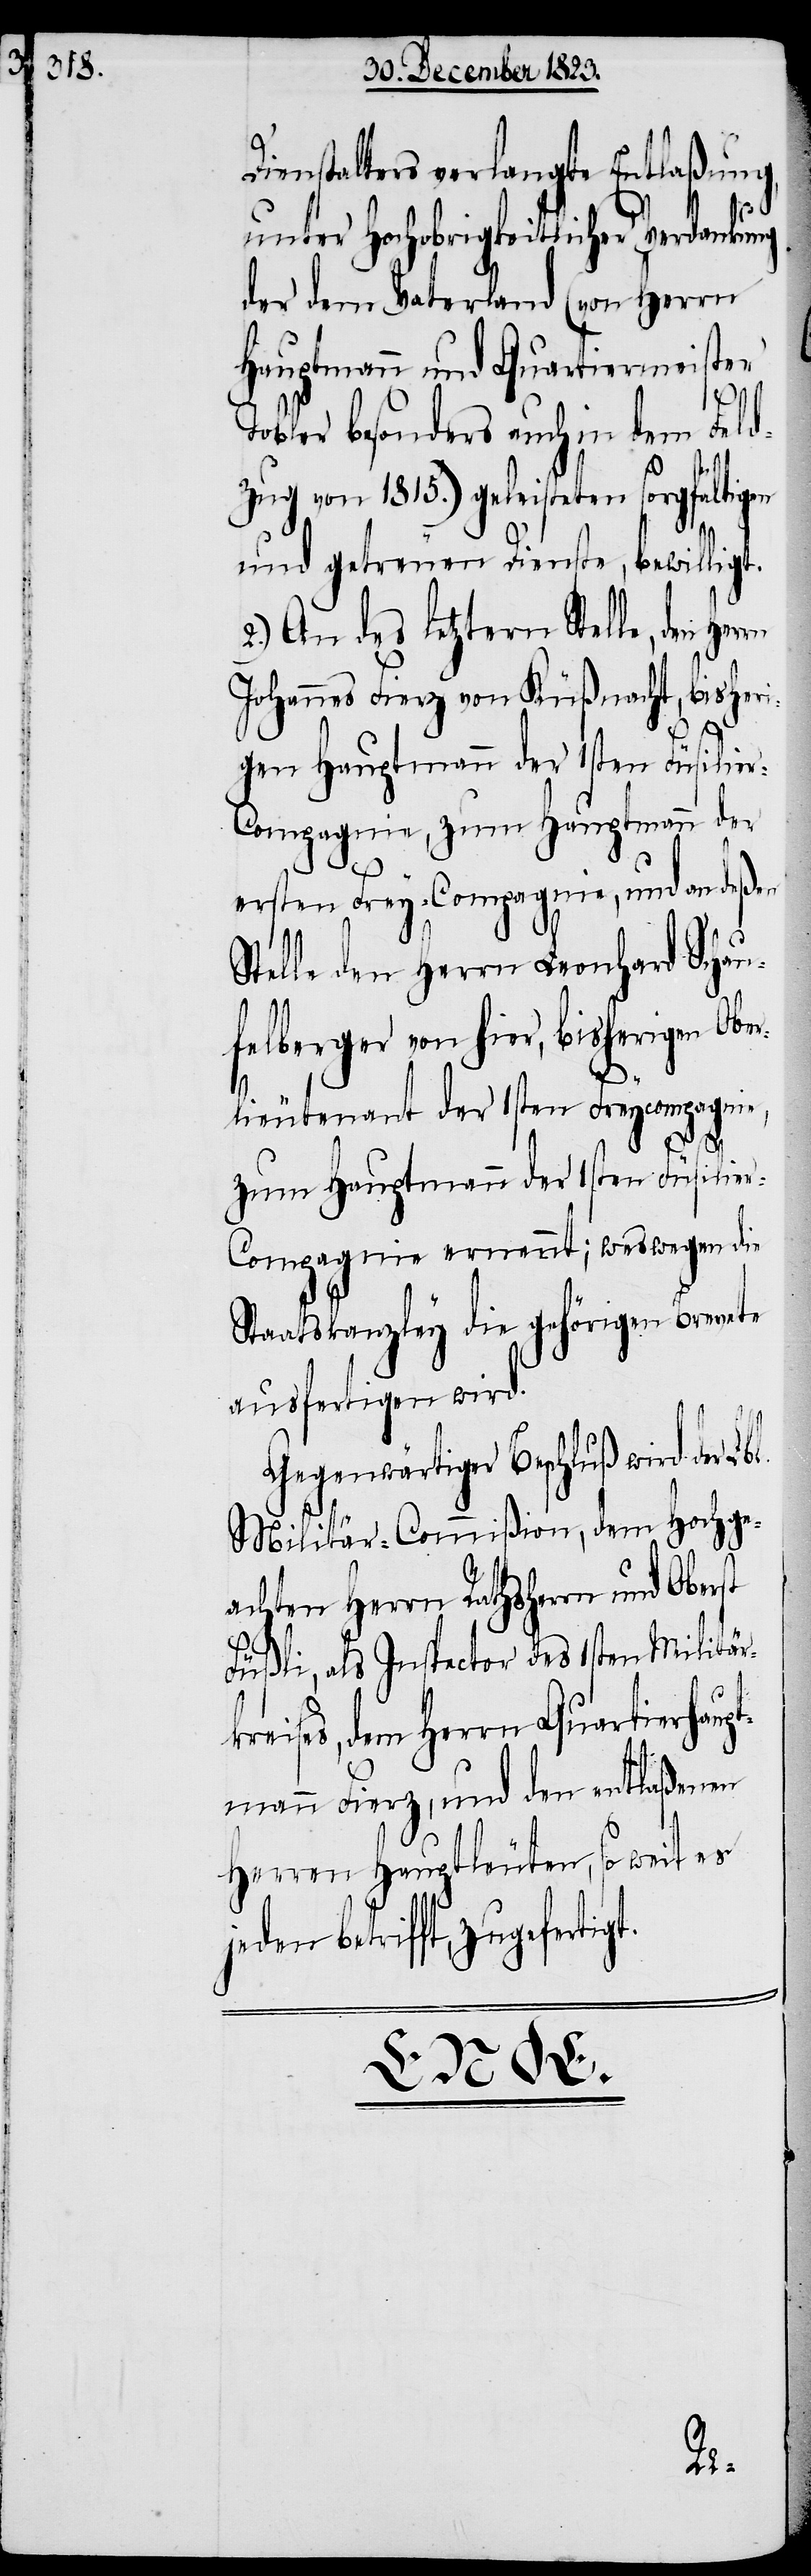
Dienstalters verlangte Entlaßung,
unter Hochobrigkeitlicher Verdankung
der dem Vaterland (von Herrn
Hauptmann und Quartiermeister
Tobler besonders auch in dem Feld¬
zug von 1815.) geleisteten sorgfältigen
und getreuen Dienste, bewilligt.
2.) An des letztern Stelle, den
Johannes Fierz von Küßnacht, bisheri¬
gen Hauptmann der 1sten Füsilie¬
r-Compagnie, zum Hauptmann der
ersten Frey-Compagnie, und an deßen
Stelle den Herrn Leonhard Schau¬
felberger von hier, bisherigen Ober¬
lieutenant der 1sten Freycompagnie,
zum Hauptmann der 1sten Füsilie¬
r-Compagnie ernennt; weswegen die
Staatskanzley die gehörigen Brevete
ausfertigen wird.
t.
Gegenwärtiger Beschluß wird der Lb¬
Militär-Commißion, dem Hochge¬
achten Herrn Rathsherrn und Oberst
Füßli, als Inspector des 1sten Militär¬
kreises, dem Herrn Quartierhaupt¬
mann Fierz, und den entlaßenen
Herren Hauptleuten, so weit es
jeden betrifft, zugefertig¬